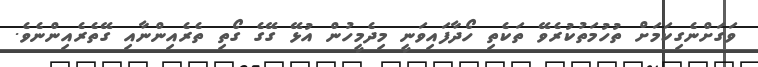
ވަގަށްނެގިކަމަށް ތުހުމަތުކުރެވޭ ތަކެތި ހޯދާފައިވަނީ މިދެމީހުން އުޅޭ ގޭގެ ގޯތި ތެރެއިންނާއި ގޭތެރެއިންނެވެ.